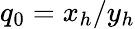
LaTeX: q_{0}=x_{h}/y_{h}